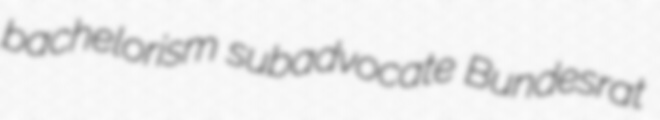
bachelorism subadvocate Bundesrat